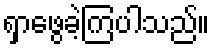
ရှာဖွေခဲ့ကြပါသည်။